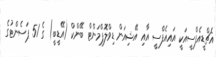
އެޗްޑީއެފްސީއަކީ އައިއެފްސީ އާއި އޭޝިއަން ޑިވްލޮޕްމަންޓް ބޭންކް (އޭޑީބީ) ގެ 51 ޕަސެންޓުގެ